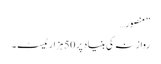
” منصور…
روازنہ کی بنیاد پر 50 ہزارٹیسٹ ۔